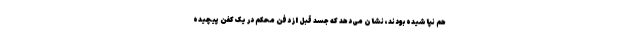
هم نپاشیده بودند، نشان می‌دهد که جسد قبل از دفن محکم در یک کفن پیچیده